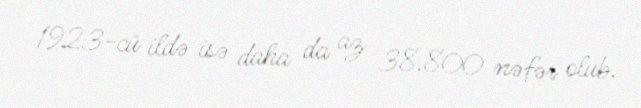
1923-cü ildə isə daha da az 38.800 nəfər olub.